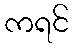
ကရင်